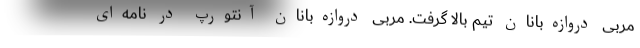
مربی دروازه‌بانان تیم بالا گرفت. مربی دروازه‌بانان آنتورپ در نامه‌ای